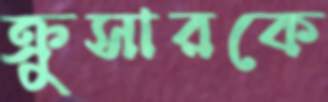
ক্রুসারকে